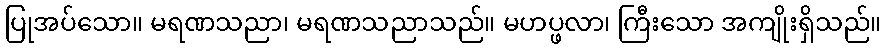
ပြုအပ်သော။ မရဏသညာ၊ မရဏသညာသည်။ မဟပ္ဖလာ၊ ကြီးသော အကျိုးရှိသည်။